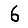
Digit: 6